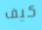
كيف